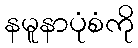
နမူနာပုံစံကို